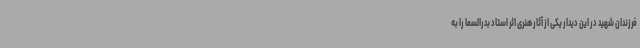
فرزندان شهید در این دیدار یکی از آثار هنری اثر استاد بدرالسما را به